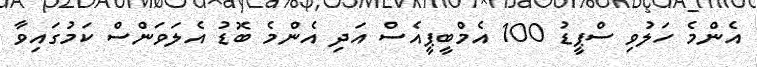
އެންމެ ހަލުވި ސްޕީޑު 100 އެމްބީޕީއެސް އަދި އެންމެ ބޮޑު އެލަވަންސް ކަމުގައިވާ